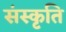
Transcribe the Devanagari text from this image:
संस्‍कृति